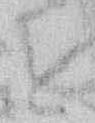
を